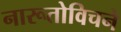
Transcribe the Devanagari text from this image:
नारूतोविचने